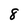
Character: 8